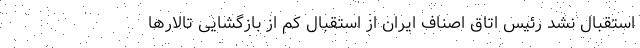
استقبال نشد رئیس اتاق اصناف ایران از استقبال کم از بازگشایی تالارها